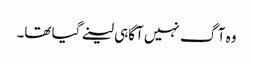
وہ آگ نہیں آگاہی لینے گیا تھا۔